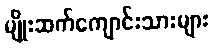
မျိုးဆက်ကျောင်းသားများ